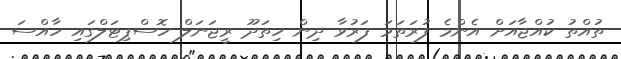
ތުއްތު ކުއްޖާއަށް އެންމެ ފުރަތަމަ ފަރުވާ ދިން ހިތަދޫ ރީޖަނަލް ހޮސްޕިޓަލްގައި ހާއްސަ